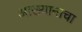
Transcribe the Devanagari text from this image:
आख्यानाचा